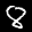
Label: 8